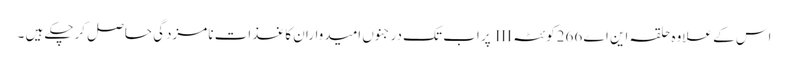
اس کے علاوہ حلقہ این اے 266کوئٹہ III پر اب تک درجنوں امیدواران کاغذات نامزدگی حاصل کرچکے ہیں ۔